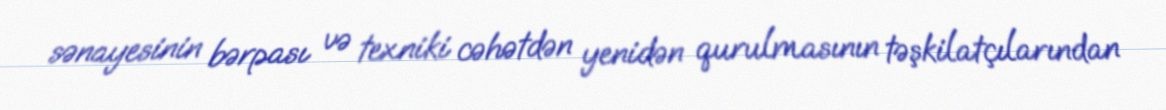
sənayesinin bərpası və texniki cəhətdən yenidən qurulmasının təşkilatçılarından